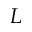
L